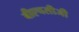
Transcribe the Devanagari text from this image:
बीएचसीजी